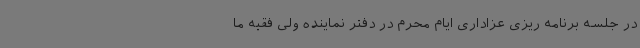
در جلسه برنامه ریزی عزاداری ایام محرم در دفتر نماینده ولی فقیه ما